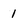
Character: 1